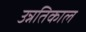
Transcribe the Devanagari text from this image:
उन्नतिकाल